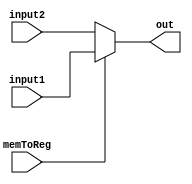
`timescale 1ns / 1ps
//////////////////////////////////////////////////////////////////////////////////
// Company: 
// Engineer: 
// 
// Design Name: 
// Module Name: reg_write_data_mux
// Project Name: 
// Target Devices: 
// Tool Versions: 
// Description: 
// 
// Dependencies: 
// 
// Revision:
// Revision 0.01 - File Created
// Additional Comments:
// 
//////////////////////////////////////////////////////////////////////////////////


module reg_write_data_mux(
    input memToReg,
    input [31:0] input1,
    input [31:0] input2,
    output reg [31:0] out
    );
    initial out=0;
    
    always @ (memToReg or input1 or input2)
    begin
        out=memToReg ? input1 : input2;
    end
    
endmodule